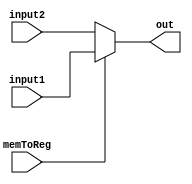
`timescale 1ns / 1ps
//////////////////////////////////////////////////////////////////////////////////
// Company: 
// Engineer: 
// 
// Design Name: 
// Module Name: reg_write_data_mux
// Project Name: 
// Target Devices: 
// Tool Versions: 
// Description: 
// 
// Dependencies: 
// 
// Revision:
// Revision 0.01 - File Created
// Additional Comments:
// 
//////////////////////////////////////////////////////////////////////////////////


module reg_write_data_mux(
    input memToReg,
    input [31:0] input1,
    input [31:0] input2,
    output reg [31:0] out
    );
    initial out=0;
    
    always @ (memToReg or input1 or input2)
    begin
        out=memToReg ? input1 : input2;
    end
    
endmodule